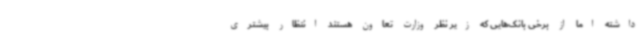
داشته اما از برخی بانک‌هایی که زیر نظر وزارت تعاون هستند انتظار بیشتری